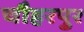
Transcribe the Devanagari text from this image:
चौहरपुर